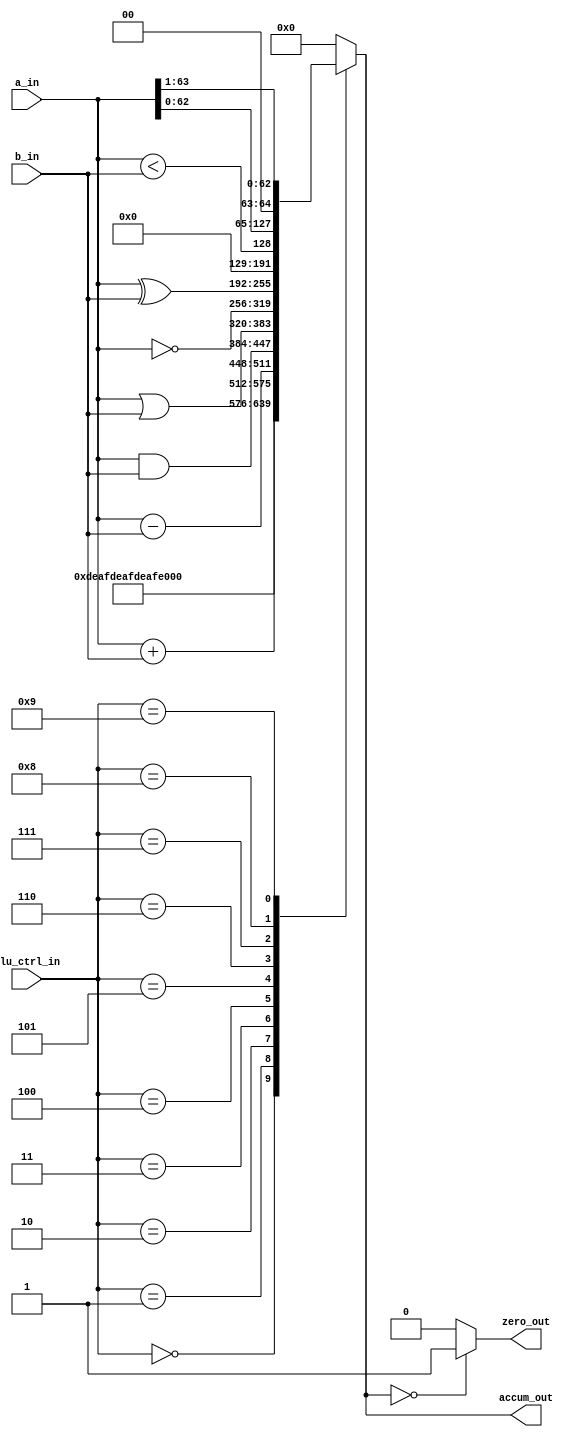
`timescale 1ns / 1ps
//////////////////////////////////////////////////////////////////////////////////
// Company: 
// Engineer: 
// 
// Design Name: 
// Module Name:    alu 
// Project Name: 
// Target Devices: 
// Tool versions: 
// Description: 
//
// Dependencies: 
//
// Revision: 
// Revision 0.01 - File Created
// Additional Comments: 
//
//////////////////////////////////////////////////////////////////////////////////
module alu # (
		parameter	DATAPATH_WIDTH = 64
		) (
    input [DATAPATH_WIDTH-1:0] a_in,
    input [DATAPATH_WIDTH-1:0] b_in,
    input [3:0] alu_ctrl_in,
	 //input [4:0] shift_value,
    output reg [DATAPATH_WIDTH-1:0] accum_out,
	 output zero_out
    );


assign zero_out = (accum_out == 'd0) ? 1 : 0;

always @(*) begin
	case (alu_ctrl_in)
	'd0:accum_out		= 'hdeafdeafdeafdeaf;
	'd1:accum_out 		= a_in + b_in; // ADD
	'd2:accum_out 		= a_in - b_in; // SUB
	'd3:accum_out		= a_in & b_in; // AND
	'd4:accum_out		= a_in | b_in; // OR
	'd5:accum_out		= ~a_in;			// NOT
	'd6:accum_out		= a_in ^ b_in;	// EXOR
	'd7:accum_out		= (a_in < b_in);
	'd8:accum_out		= {a_in[DATAPATH_WIDTH-2:0],1'b0};	// SLL
	'd9:accum_out		= {1'b0,a_in[DATAPATH_WIDTH-1:1]};	// SRL

	default:accum_out = 'd0;
	endcase
end
endmodule